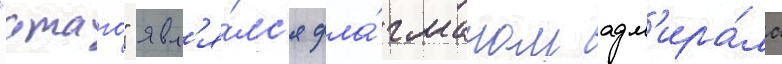
"атаго" явл'я́лс'я фла́гманом адм'ира́ла